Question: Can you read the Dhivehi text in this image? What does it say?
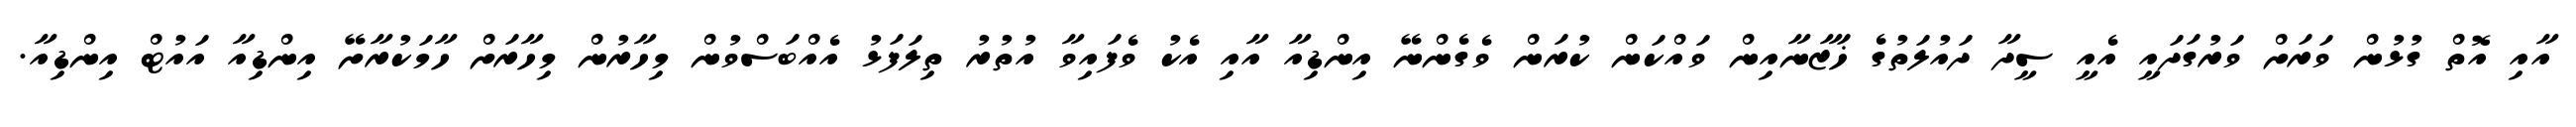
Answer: އާއި އޮތް ގުޅުން ވަރަށް ވަރުގަދައީ އެއީ ސީދާ ދައުލަތުގެ ޚަޒާނާއިން ވައްކަން ކުރަން ވެގެންނޭ އިންޑިއާ އާއި އެކު ވެފައިވާ އުތުރު ތިލަފަޅު އެއްބަސްވުން މިހާރުން މިހާރަށް ހާމަކުރާށޭ އިންޑިއާ އައުޓް އިންޑިއާ.